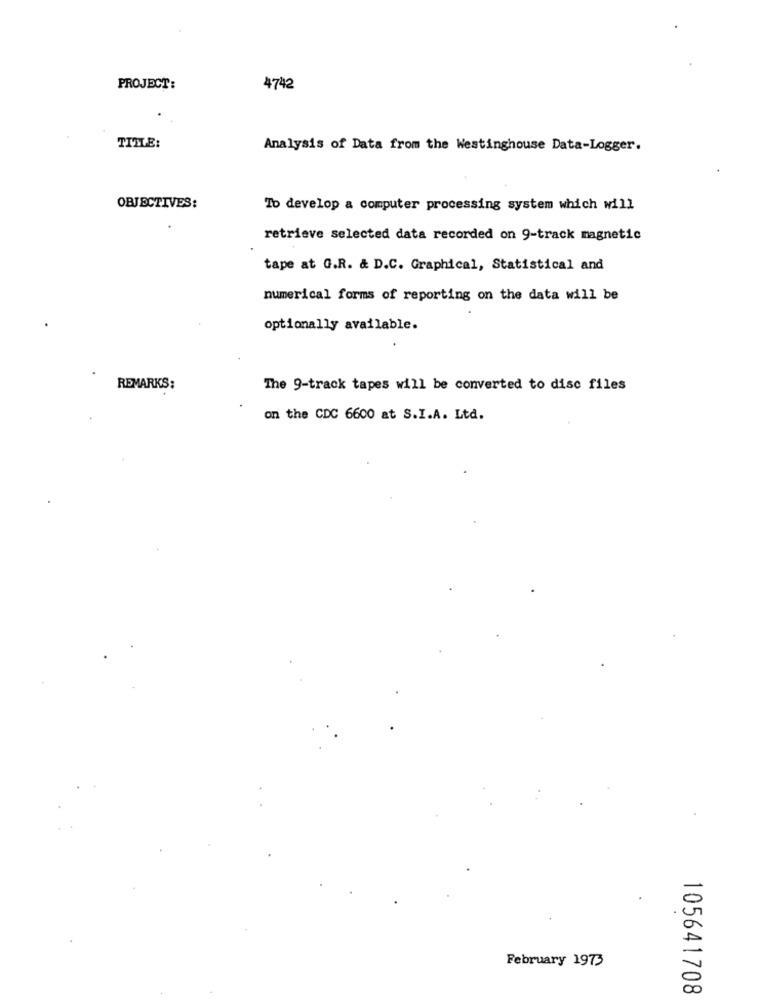
PROJECT:
4742
TITLE:
Analysis of Data from the Westinghouse Data-Logger.
OBJECTIVES:
To develop a computer processing system which will
retrieve selected data recorded on 9-track magnetic
tape at G.R. & D.C. Graphical, Statistical and
numerical forms of reporting on the data will be
optionally available.
REMARKS:
The 9-track tapes will be converted to disc files
on the CDC 6600 at S.I.A. Ltd.
February 1973
105641708